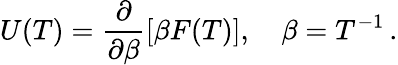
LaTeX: U(T)=\frac{\partial}{\partial\beta}\left[\beta F(T)\right],\quad\beta=T^{-1}\, {.}